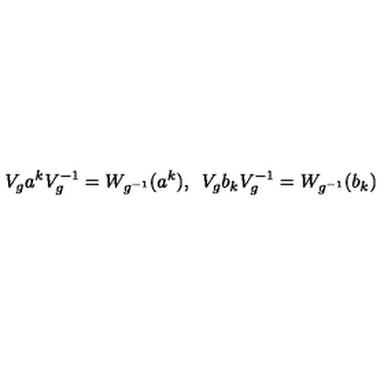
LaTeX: V _ { g } a ^ { k } V _ { g } ^ { - 1 } = W _ { g ^ { - 1 } } ( a ^ { k } ) , \enspace V _ { g } b _ { k } V _ { g } ^ { - 1 } = W _ { g ^ { - 1 } } ( b _ { k } )